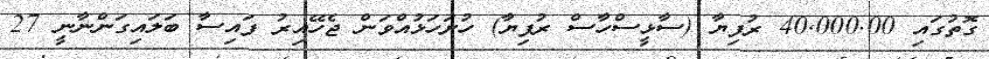
ގޮތުގައި 40